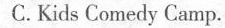
C. Kids Comedy Camp.